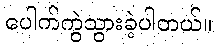
ပေါက်ကွဲသွားခဲ့ပါတယ်။